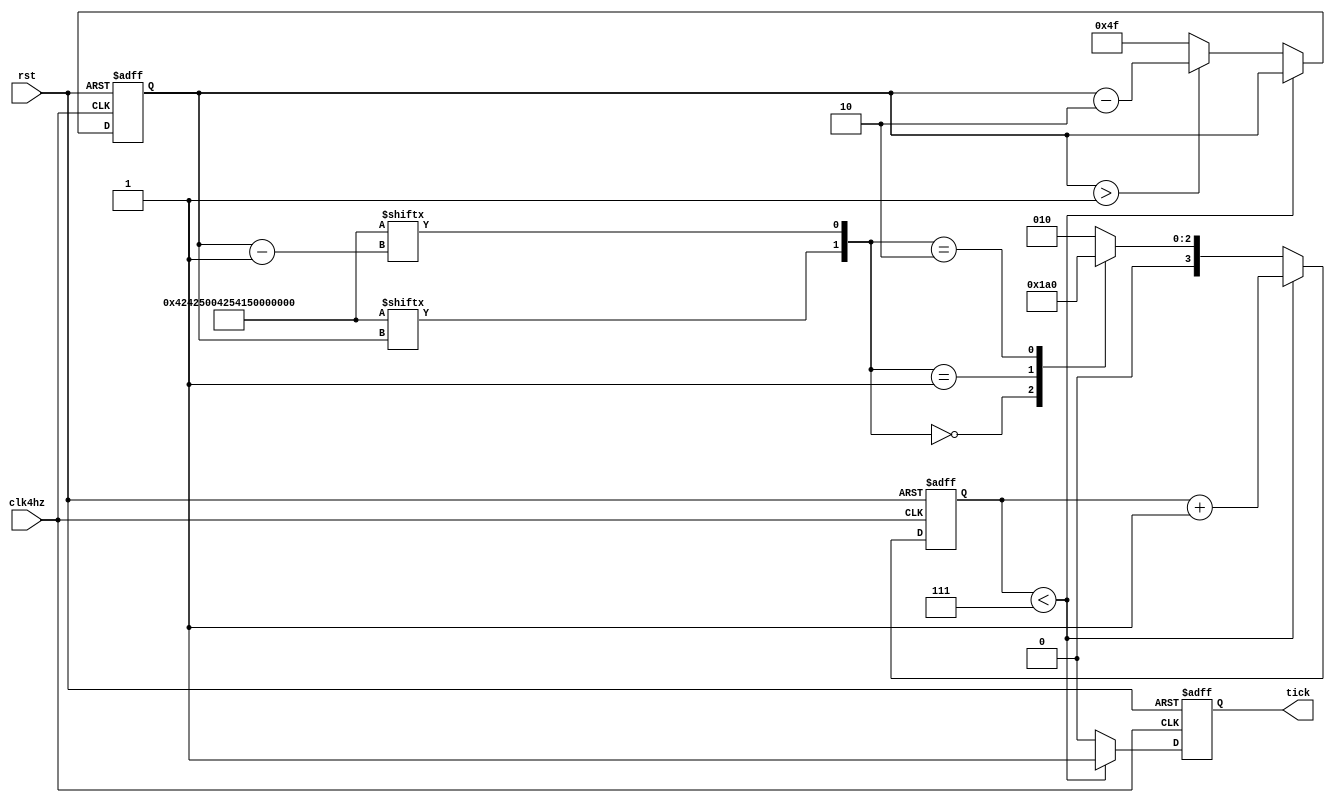
module tick_controller(
	input clk4hz,
	input rst,
	output reg tick
);

reg [8:0] counter;
reg [3:0] pulse_counter;
wire [79:0] music;

assign music=80'h42425004254150400002;

always @(negedge clk4hz,negedge rst) begin

if(rst==1'b0) begin counter=9'd79; pulse_counter=4'd7; tick<=1'b1; end
else if(pulse_counter<4'd7) begin pulse_counter<=pulse_counter+4'd1; tick<=1'b1; end
else begin
	case({music[counter],music[counter-1]})//reset the pulse counter
		2'b00: pulse_counter<=4'd6;
		2'b01: pulse_counter<=4'd4;
		2'b10: pulse_counter<=4'd0;
		default: pulse_counter<=3'd2;
	endcase
	tick<=1'b0;
	if(counter>9'd1) begin counter<=counter-9'd2; end
	else begin counter <= 9'd79; end
end


end


endmodule